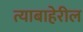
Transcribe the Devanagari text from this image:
त्याबाहेरील